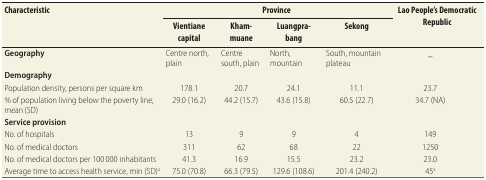
| <ROWSPAN=2> Characteristic | <COLSPAN=4> Province | <ROWSPAN=2> Lao People's Democratic Republic |
 | Vientiane capital | Khammuane | Luangprabang | Sekong |
 | --- | --- | --- | --- | --- | --- |
 | Geography | Centre north, plain | Centre south, plain | North, mountain | South, mountain plateau | _ |
 | Demography |  |  |  |  |  |
 | Population density, persons per square km | 178.1 | 20.7 | 24.1 | 11.1 | 23.7 |
 | % of population living below the poverty line, mean (SD) | 29.0 (16.2) | 44.2 (15.7) | 43.6 (15.8) | 60.5 (22.7) | 34.7 (NA) |
 | Service provision |  |  |  |  |  |
 | No. of hospitals | 13 | 9 | 9 | 4 | 149 |
 | No. of medical doctors | 311 | 62 | 68 | 22 | 1250 |
 | No. of medical doctors per 100 000 inhabitants | 41.3 | 16.9 | 15.5 | 23.2 | 23.0 |
 | Average time to access health service, min (SD)a | 75.0 (70.8) | 66.3 (79.5) | 129.6 (108.6) | 201.4 (240.2) | 45a |